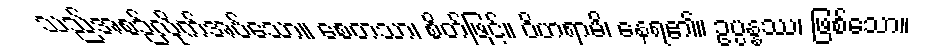
သည်အစဉ်လိုက်အပ်သော။ စေတသာ၊ စိတ်ဖြင့်။ ဝိဟရာမိ၊ နေရ၏။ ဥပ္ပန္နဿ၊ ဖြစ်သော။